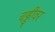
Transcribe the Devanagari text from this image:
चड्डीवर